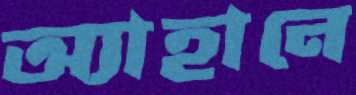
অ্যাহানে